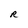
Character: R